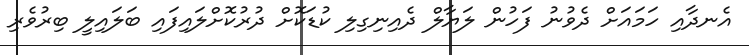
އެނދާއި ހަމައަށް ދެވުނު ފަހުން ލަޔާލް ދެއިނިގިލި ކުޑަކޮށް ދުރުކޮށްލައިފައި ބަލައިލީ ބިރުވެރި